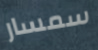
سمسار